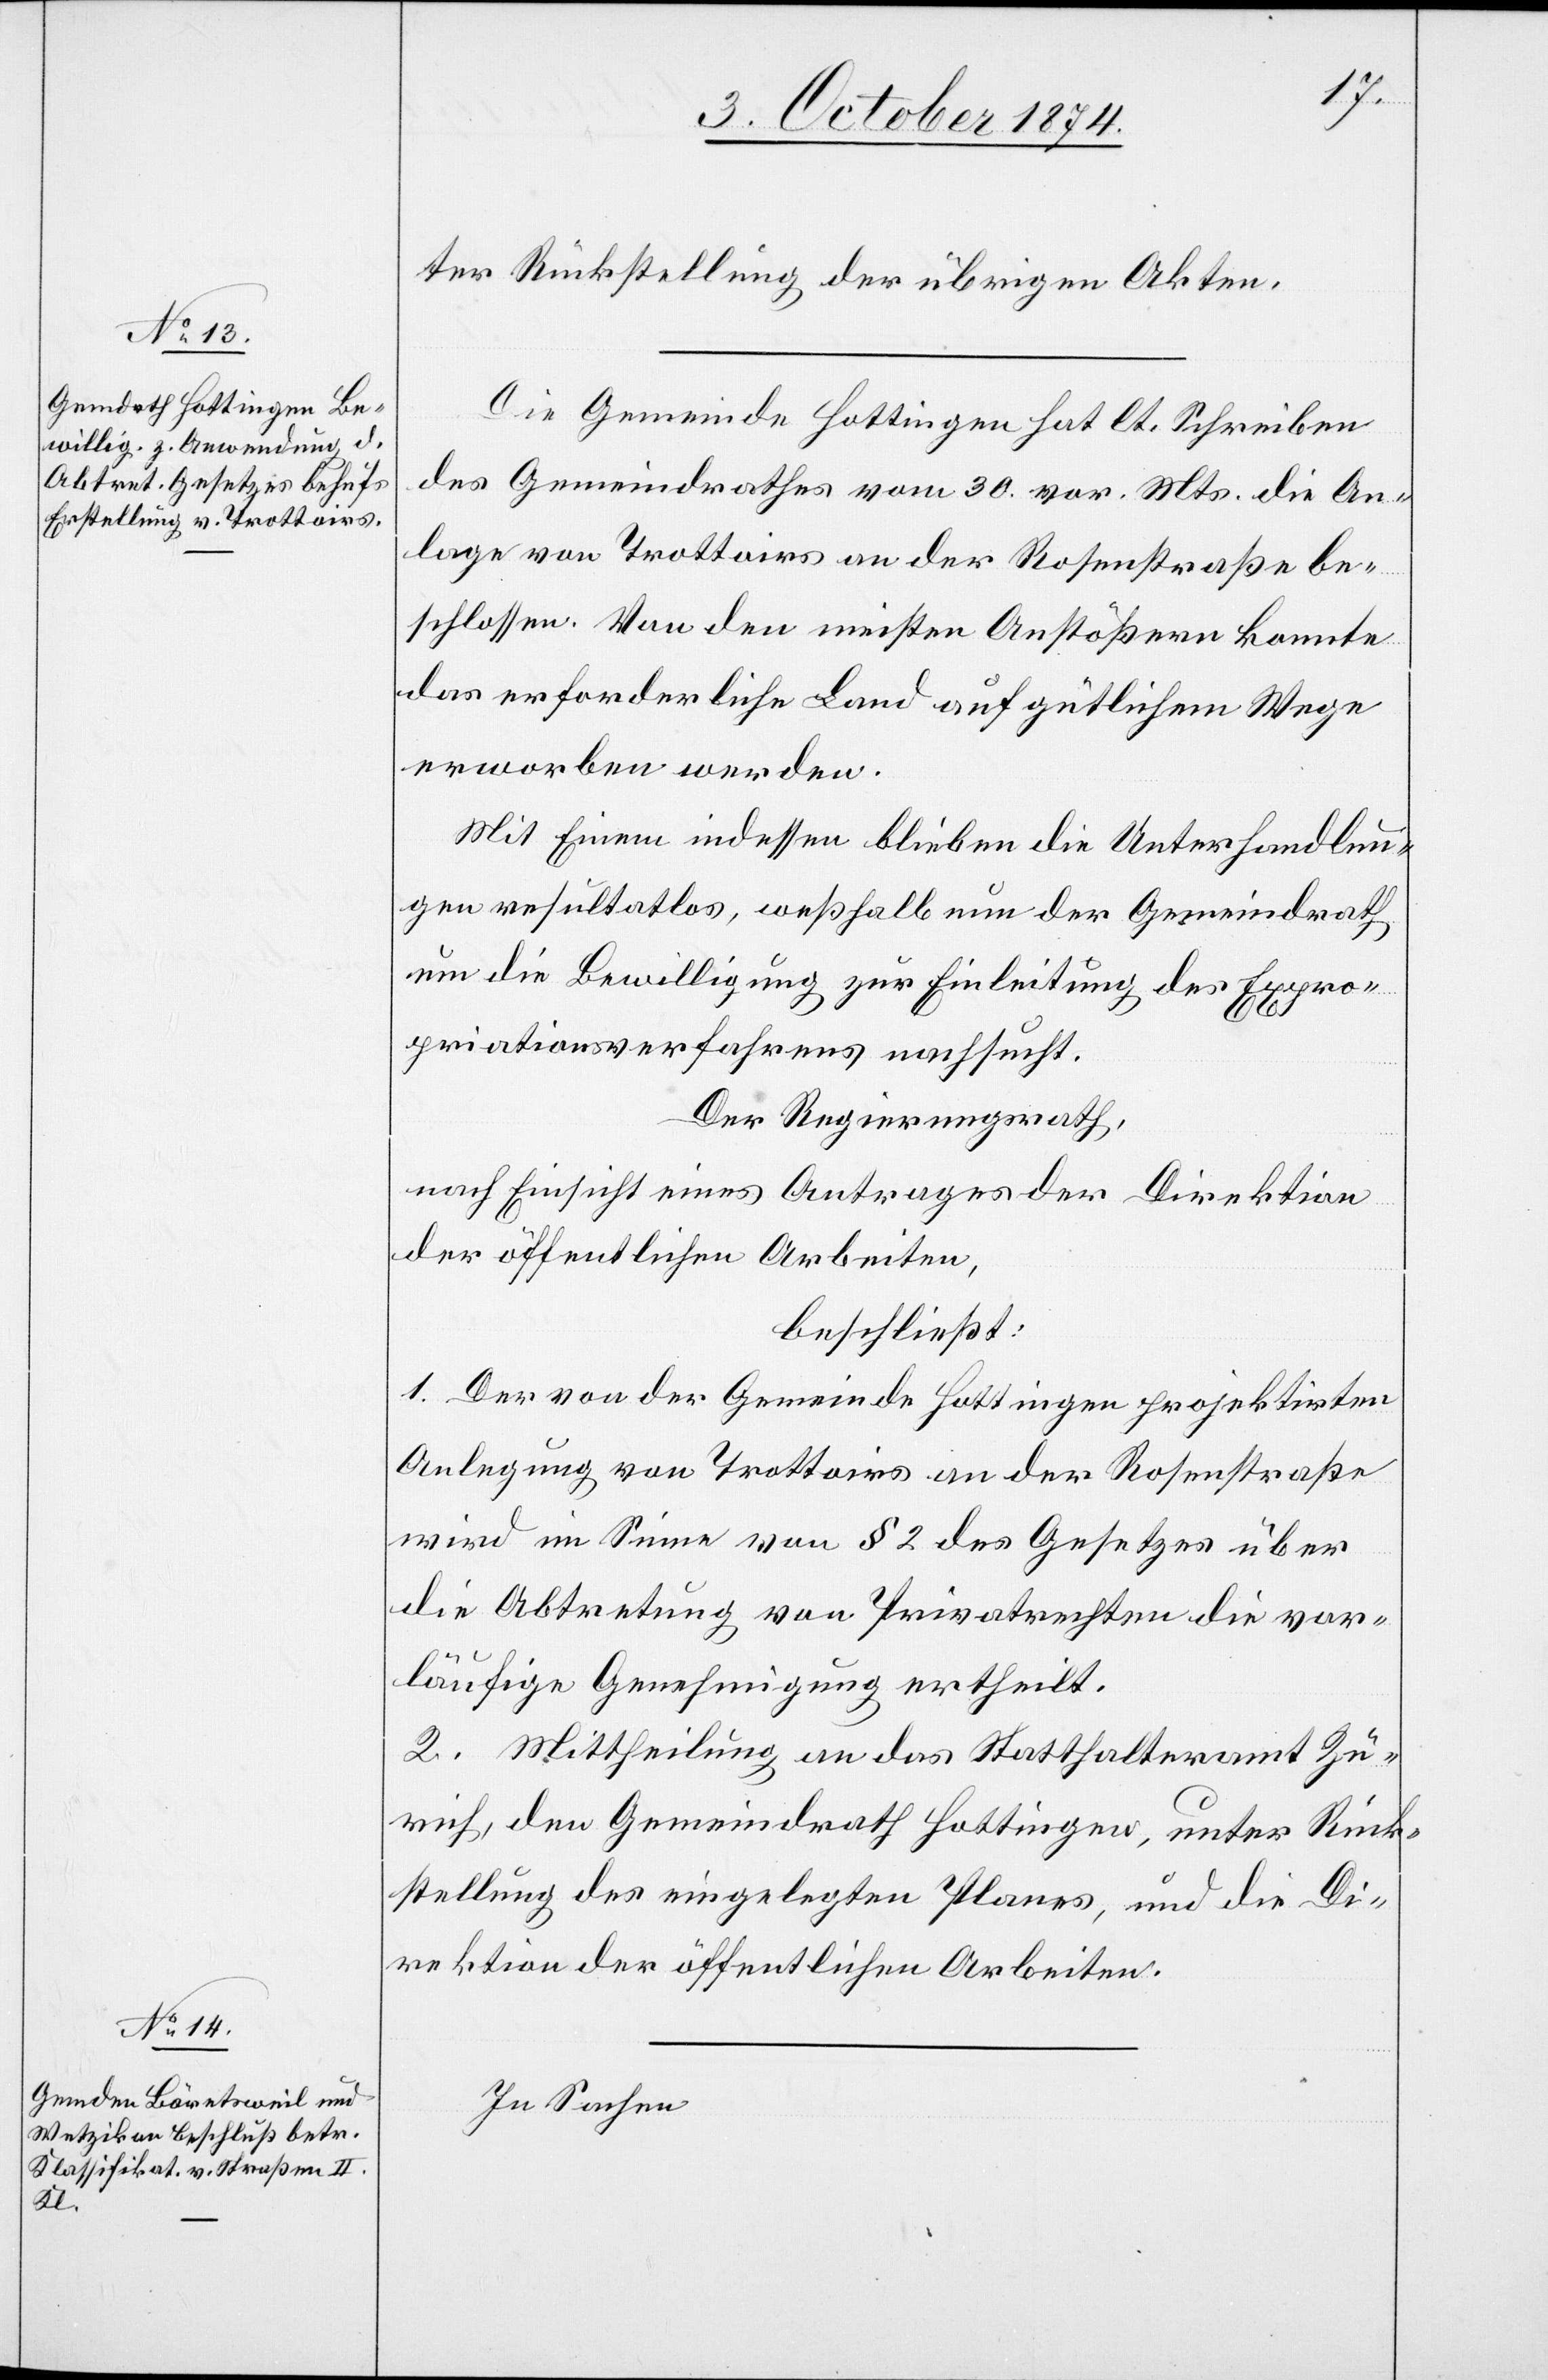
Rückstellung der übrigen Akten.
Die Gemeinde Hottingen hat lt. Schreiben
des Gemeindrathes vom 30. vor. Mts. die An¬
lage von Trottoirs an der Rosenstraße be¬
schlossen. Von den meisten Anstößern konnte
das erforderliche Land auf gütlichem Wege
erworben werden.
Mit Einem indessen blieben die Unterhandlun¬
gen resultatlos, weßhalb nun der Gemeindrath
um die Bewilligung zur Einleitung des Expro¬
priationsverfahrens nachsucht.
Der Regierungsrath,
nach Einsicht eines Antrages der Direktion
der öffentlichen Arbeiten,
beschließt:
1. Der von der Gemeinde Hottingen projektirten
Anlegung von Trottoirs an der Rosenstraße
wird im Sinne von § 2 des Gesetzes über
die Abtretung von Privatrechten die vor¬
läufige Genehmigung ertheilt.
2. Mittheilung an das Statthalteramt Zü¬
rich, den Gemeindrath Hottingen, unter Rück¬
stellung des eingelegten Planes, und die Di¬
rektion der öffentlichen Arbeiten.
In Sachen